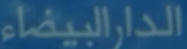
الدارالبيضاء